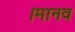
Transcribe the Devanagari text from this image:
।मानव